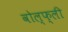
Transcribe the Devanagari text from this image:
वोल्फ्ली